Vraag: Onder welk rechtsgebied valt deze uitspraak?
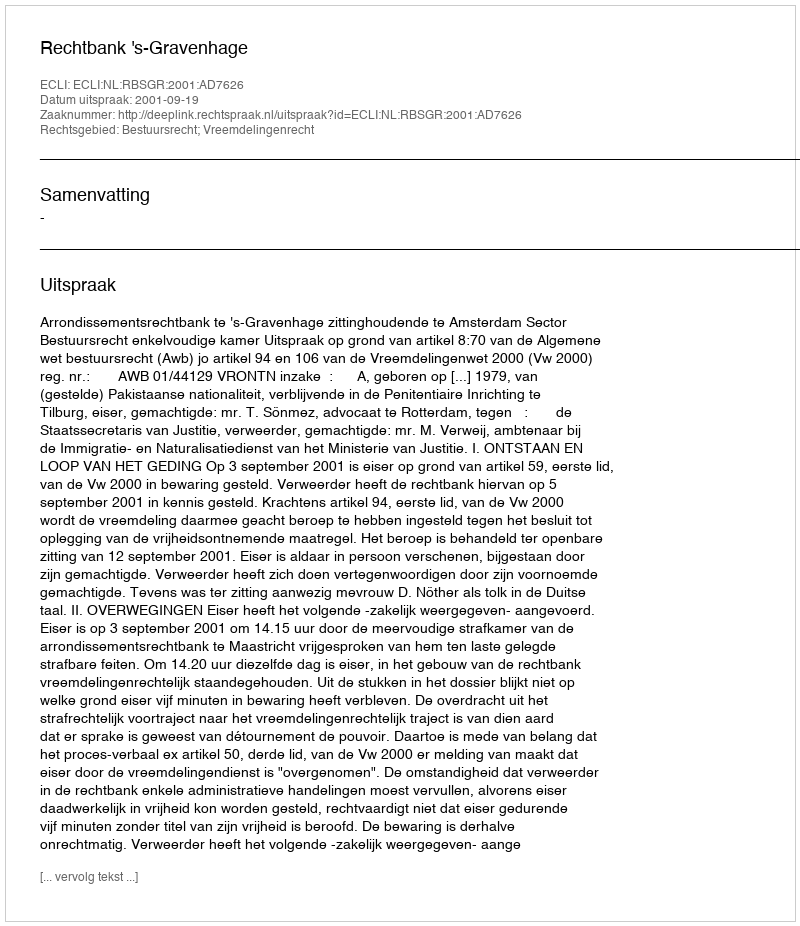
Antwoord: Bestuursrecht; Vreemdelingenrecht